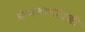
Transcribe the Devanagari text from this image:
केशवानांदजी